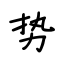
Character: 势